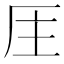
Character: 𠩈